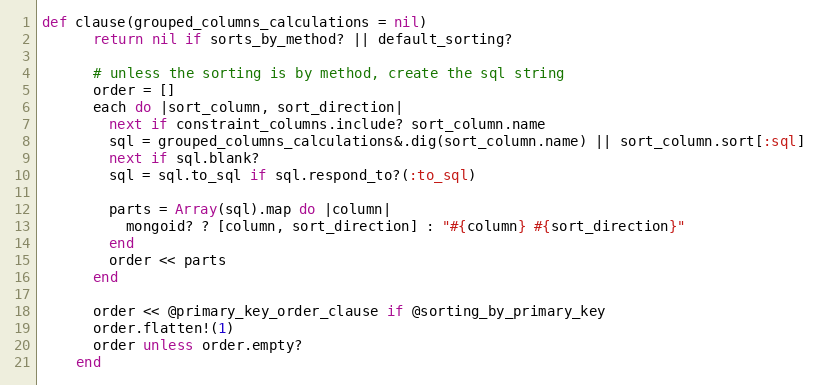
Language: Ruby
def clause(grouped_columns_calculations = nil)
      return nil if sorts_by_method? || default_sorting?

      # unless the sorting is by method, create the sql string
      order = []
      each do |sort_column, sort_direction|
        next if constraint_columns.include? sort_column.name
        sql = grouped_columns_calculations&.dig(sort_column.name) || sort_column.sort[:sql]
        next if sql.blank?
        sql = sql.to_sql if sql.respond_to?(:to_sql)

        parts = Array(sql).map do |column|
          mongoid? ? [column, sort_direction] : "#{column} #{sort_direction}"
        end
        order << parts
      end

      order << @primary_key_order_clause if @sorting_by_primary_key
      order.flatten!(1)
      order unless order.empty?
    end